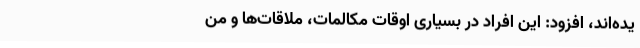
یده‌اند، افزود: این افراد در بسیاری اوقات مکالمات، ملاقات‌ها و من